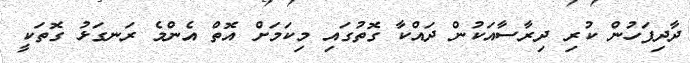
ދާދިފަހުން ކުރި ދިރާސާއަކުން ދައްކާ ގޮތުގައި މިކަމަށް އޮތް އެންމެ ރަނގަޅު ގޮތަކީ